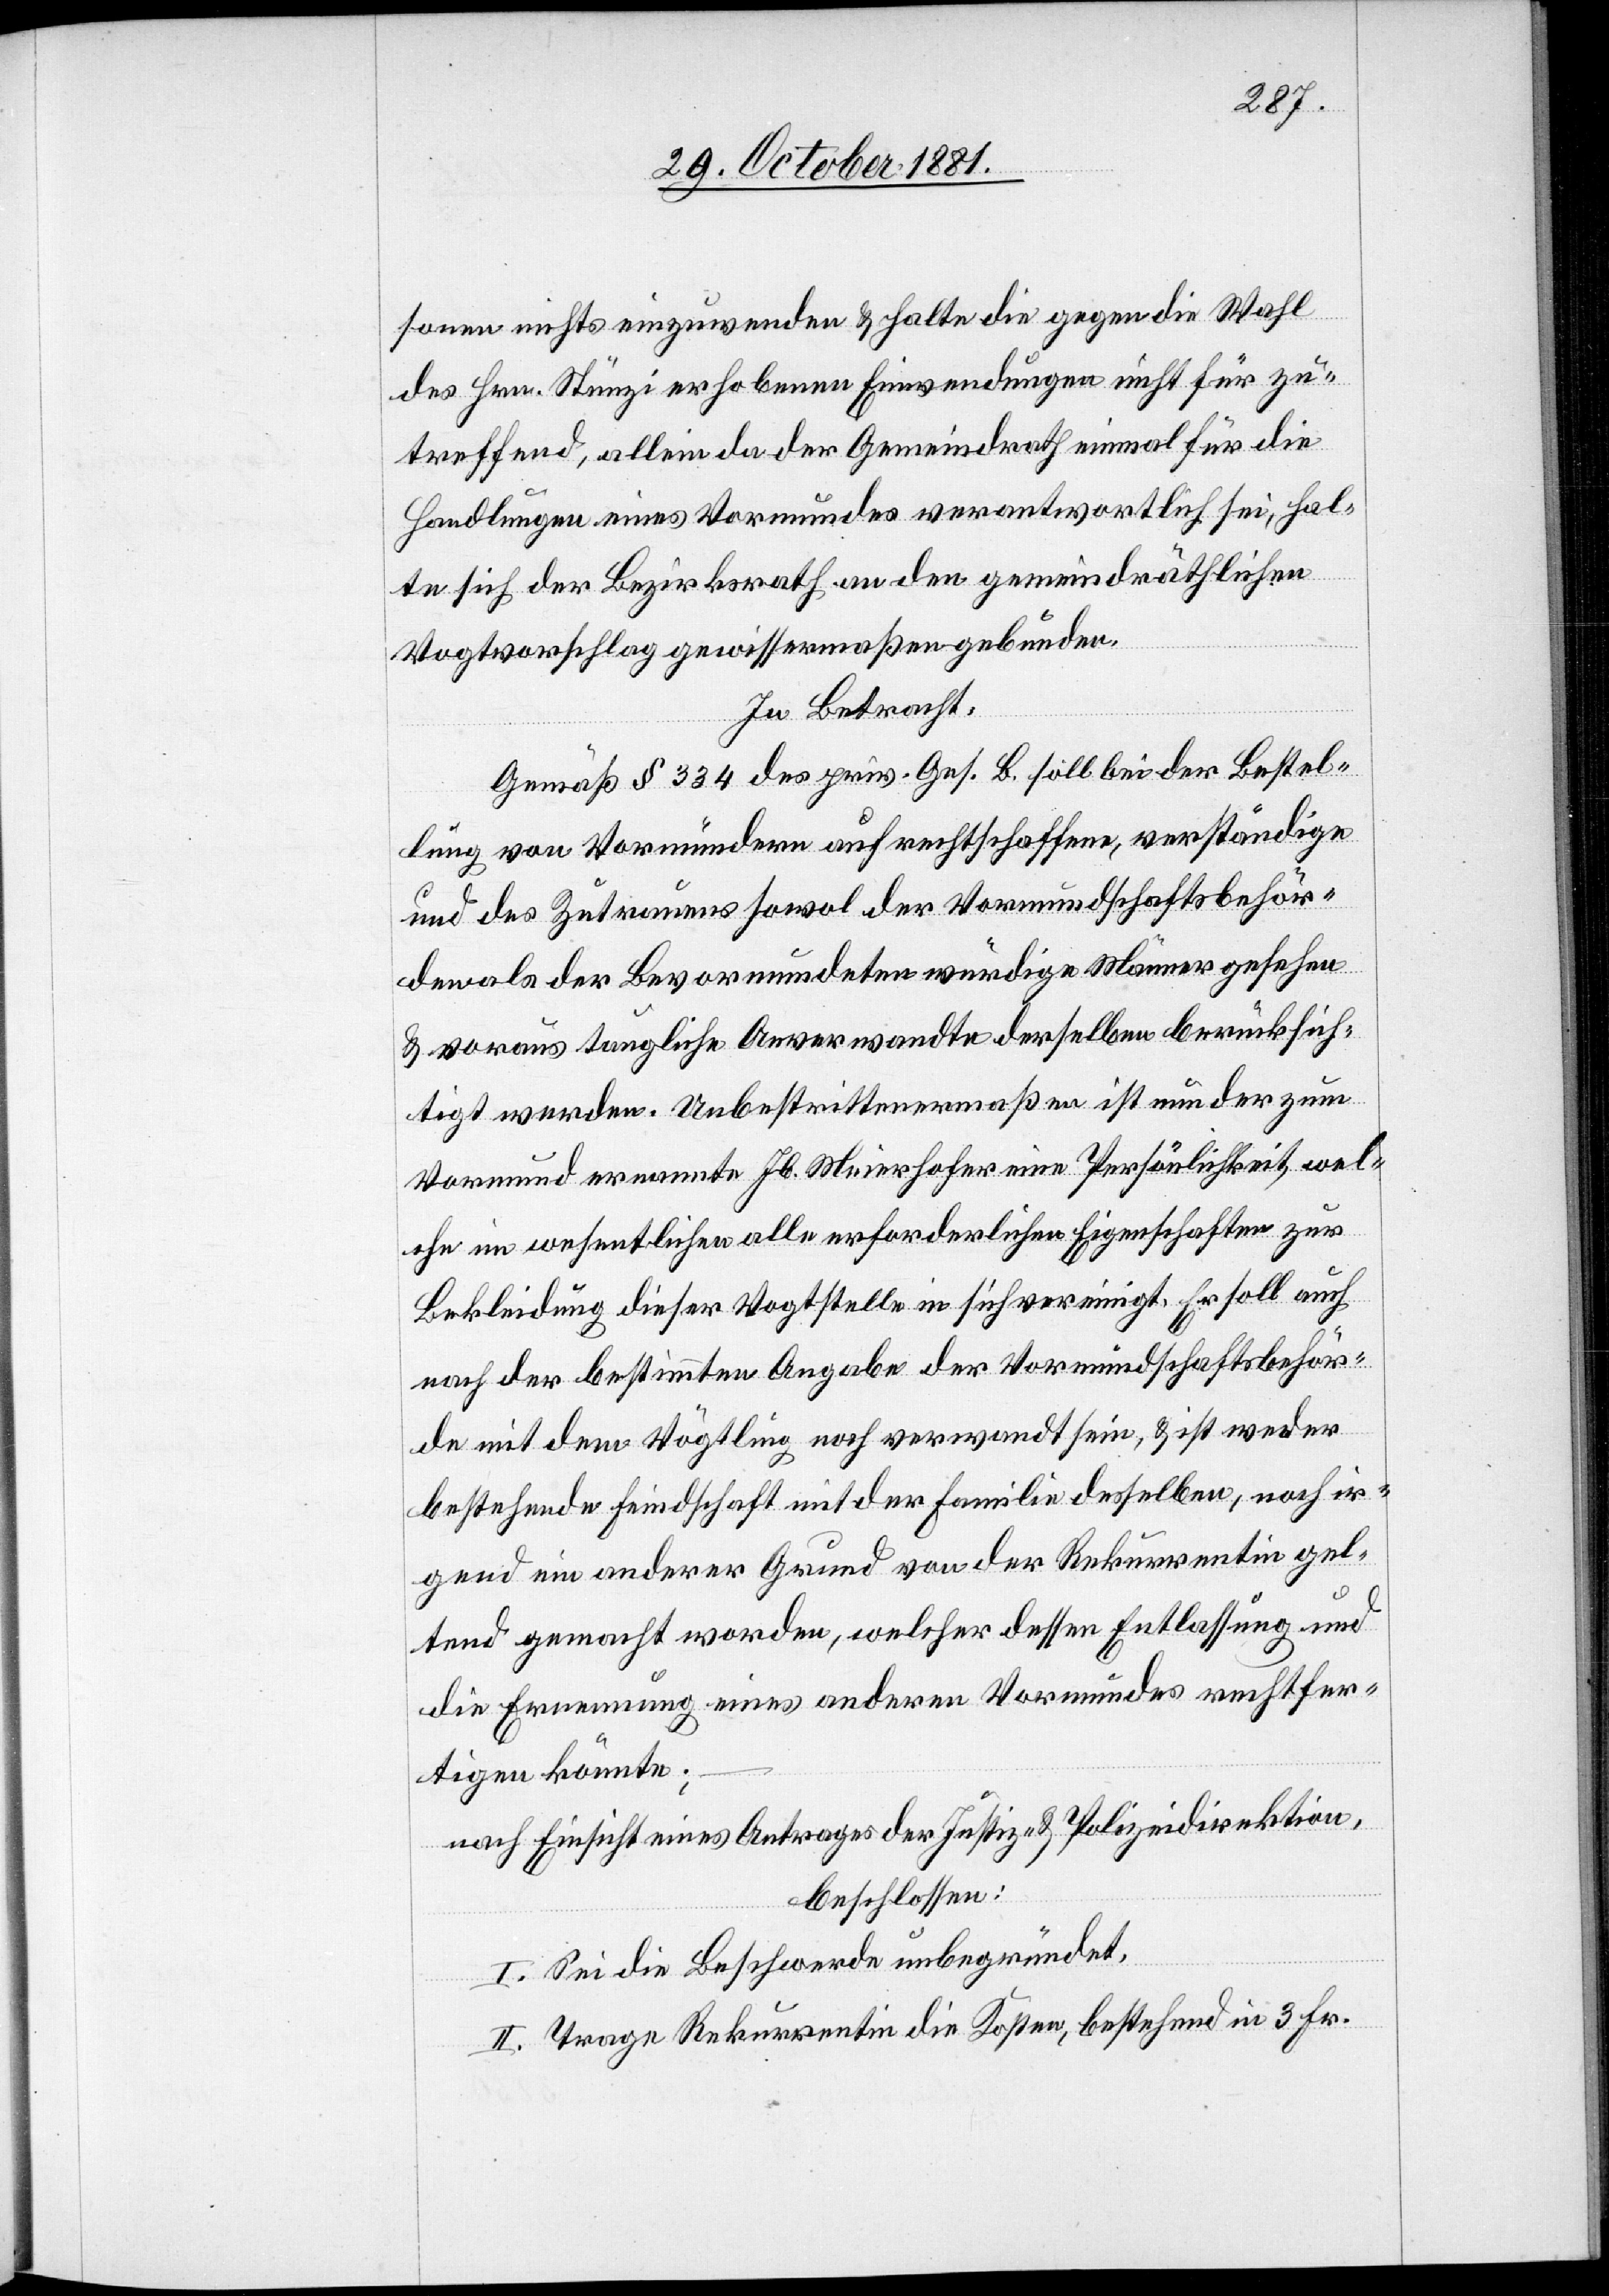
sonen nichts einzuwenden & halte die gegen die Wahl
des Hrn. Stünzi erhobenen Einwendungen nicht für zu¬
treffend, allein da der Gemeindrath einmal für die
Handlungen eines Vormundes verantwortlich sei, hal¬
te sich der Bezirksrath an den gemeindräthlichen
Vogtvorschlag gewissermaßen gebunden.
In Betracht:
Gemäß § 334 des priv. Ges. B. soll bei der Bestel¬
lung von Vormündern auf rechtschaffene, verständige
und des Zutrauens sowol der Vormundschaftsbehör¬
den als der Bevormundeten würdige Männer gesehen
& voraus taugliche Anverwandte derselben berücksich¬
tigt werden. Unbestrittenermaßen ist nun der zum
Vormund ernannte Jb. Meierhofer eine Persönlichkeit, wel¬
che im wesentlichen alle erforderlichen Eigenschaften zur
Bekleidung dieser Vogtstelle in sich vereinigt. Er soll auch
nach der bestimmten Angabe der Vormundschaftsbehör¬
de mit dem Vögtling noch verwandt sein, & ist weder
bestehende Feindschaft mit der Familie desselben, noch ir¬
gend ein anderer Grund von der Rekurrentin gel¬
tend gemacht worden, welcher dessen Entlassung und
die Ernennung eines anderen Vormundes rechtfer¬
tigen könnte;
nach Einsicht eines Antrages der Justiz- & Polizeidirektion,
beschlossen:
I. Sei die Beschwerde unbegründet.
II. Trage Rekurrentin die Kosten, bestehend in 3 Fr.